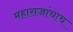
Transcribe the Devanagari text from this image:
महाराजांचाच